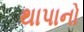
થાપાનો